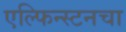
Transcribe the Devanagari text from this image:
एल्फिन्स्टनचा